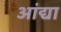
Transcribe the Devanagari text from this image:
आंद्या